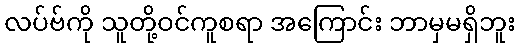
လပ်ဗ်ကို သူတို့ဝင်ကူစရာ အကြောင်း ဘာမှမရှိဘူး